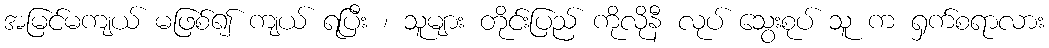
အမြင်မကျယ် မဖြစ်၍ ကျယ် ရပြီး ၊ သူများ တိုင်းပြည် ကိုလိုနီ လုပ် သွေးစုပ် သူ က ရှက်စရာလား